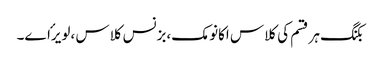
بکنگ ہر قسم کی کلاس اکانومک،بزنس کلاس ،لویرٴاے۔